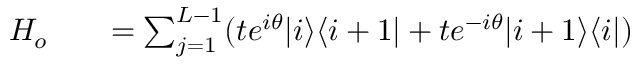
\begin{array} { r l r } { H _ { o } } & { { } } & { = \sum _ { j = 1 } ^ { L - 1 } ( t e ^ { i \theta } | i \rangle \langle i + 1 | + t e ^ { - i \theta } | i + 1 \rangle \langle i | ) } \end{array}